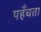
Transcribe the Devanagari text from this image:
पहँचता